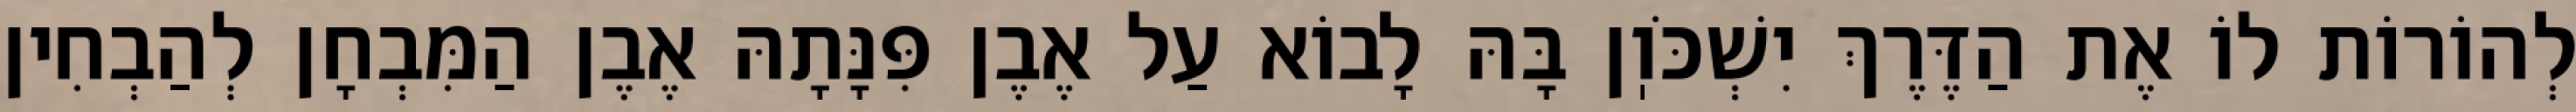
לְהוֹרוֹת לוֹ אֶת הַדֶּרֶךְ יִשְׁכֹּוֽן בָּהּ לָבוֹא עַל אֶבֶן פִּנָּתָהּ אֶבֶן הַמִּבְחָן לְהַבְחִין